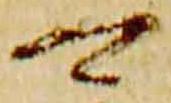
可